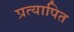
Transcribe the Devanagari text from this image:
प्रत्यापित